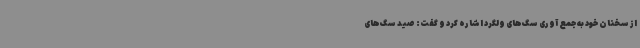
از سخنان خود به جمع آوری سگ‌های ولگرد اشاره کرد و گفت: صید سگ‌های